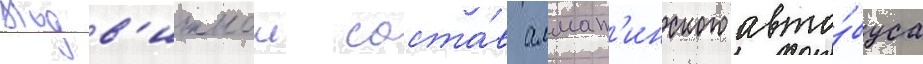
Подв'ижнои соста́в алмат'инского авто́буса